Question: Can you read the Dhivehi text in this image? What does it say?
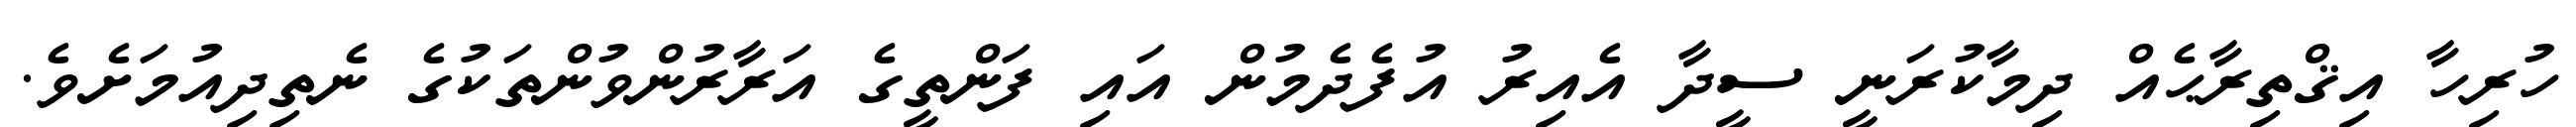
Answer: ހުރިހާ އިޤްތިރާޙެއް ދިމާކުރަނީ ސީދާ އެއިރު އުފެދެމުން އައި ފަންތީގެ އަރާރުންވުންތަކުގެ ނެތިދިއުމަށެވެ.